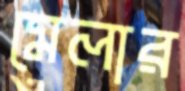
মেলার